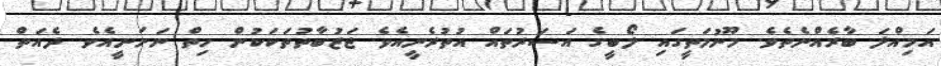
އަމިއްލަ ބާރެއްނެތެވެ. މޫނުމަތީގައި ލޯބީގެ އަސަރުތައް އުތުރެނީއެވެ. ޖަޒުބާތުތަކަކުން ހިތް ނަށަނީއެވެ. ދެއަތް